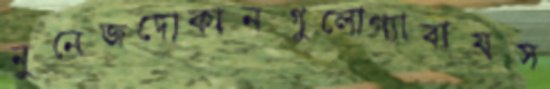
নুনেজদোকানগুলোগ্যাবায়স